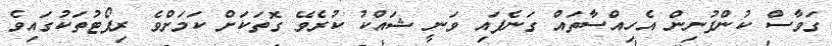
ގަވާސް ކުންފުނިން އެހިއްސާތައް ގަނެފައި ވަނީ ޝައްކު ކުރެވޭ ގޮތަކަށް ކަމަށްވެ ރިޕޯޓުތަކުގައިވެ